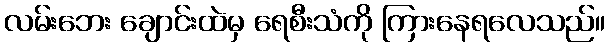
လမ်းဘေး ချောင်းထဲမှ ရေစီးသံကို ကြားနေရလေသည်။